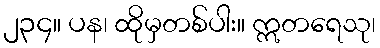
၂၃၄။ ပန၊ ထိုမှတစ်ပါး။ ဣတရေသု၊